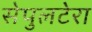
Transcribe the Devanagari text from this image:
सेपुलटेरा